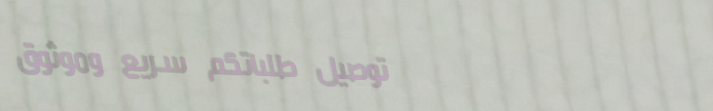
توصيل طلباتكم سريع وموثوق